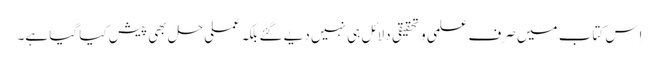
اِس کتاب میں صرف علمی و تحقیقی دلائل ہی نہیں دیے گئے بلکہ عملی حل بھی پیش کیا گیا ہے۔